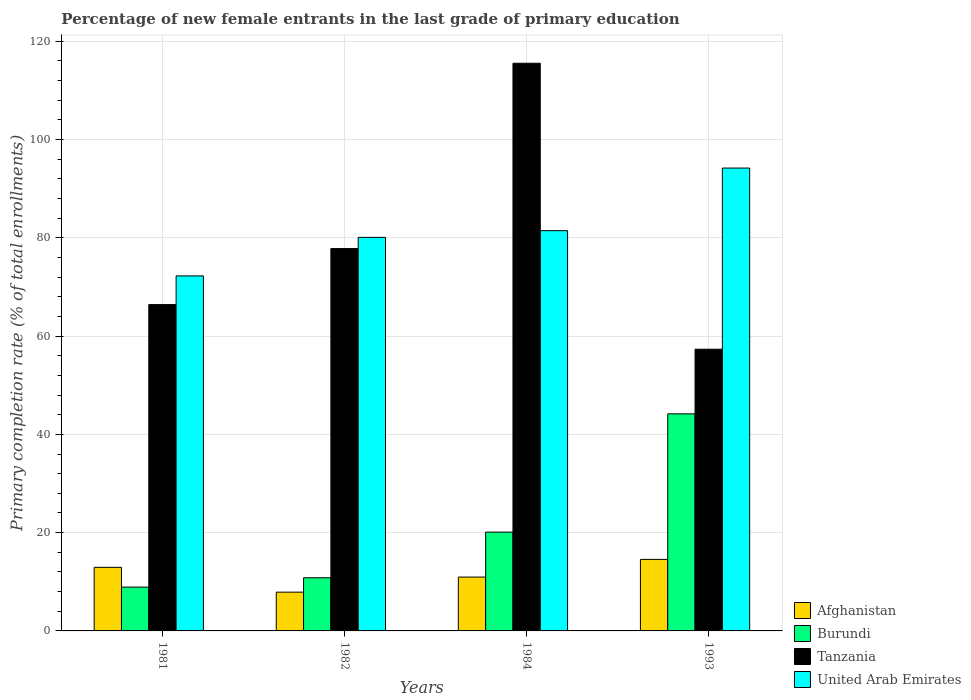
| Years | Afghanistan | Burundi | Tanzania | United Arab Emirates |
 | --- | --- | --- | --- | --- |
 | 1981 | 12.9 | 8.92 | 66.4 | 72.2 |
 | 1982 | 7.89 | 10.8 | 77.8 | 80.1 |
 | 1984 | 11 | 20.1 | 116 | 81.5 |
 | 1993 | 14.6 | 44.2 | 57.3 | 94.2 |